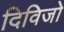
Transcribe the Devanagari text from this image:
दिविजो